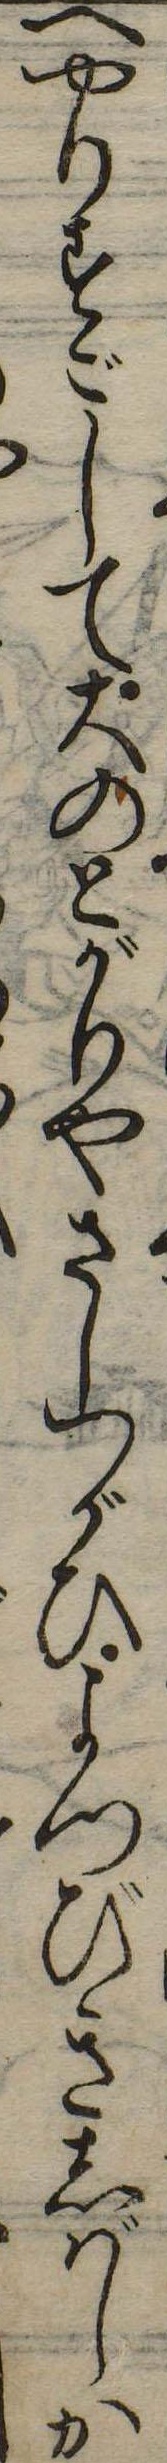
へやりすごして大のとがりやさしつがひよつびきしばしか